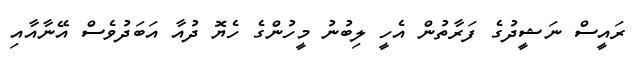
ރައީސް ނަޝީދުގެ ފަރާތުން އެހީ ލިބުނު މީހުންގެ ހެޔޮ ދުއާ އަބަދުވެސް އޭނާއާއި